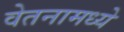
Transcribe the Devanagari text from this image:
वेतनामध्ये